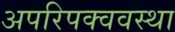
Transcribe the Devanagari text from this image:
अपरिपक्ववस्था